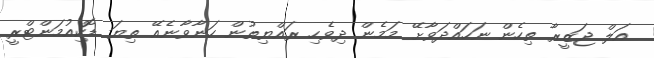
އަލް ޖަޒީރާ ތިހެން ނަހައްދަވާށޭ މަމެން ދިވެހި ރައްޔިތުން ހަނާވާނެއޭ ތިޔަ ޑޮކިއުމަންޓްރީ